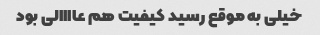
خیلی به موقع رسید کیفیت هم عاااالی بود